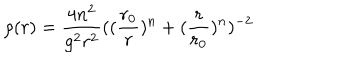
\rho ( r ) = \frac { 4 n ^ { 2 } } { g ^ { 2 } r ^ { 2 } } ( ( \frac { r _ { 0 } } r ) ^ { n } + ( \frac r { r _ { 0 } } ) ^ { n } ) ^ { - 2 }